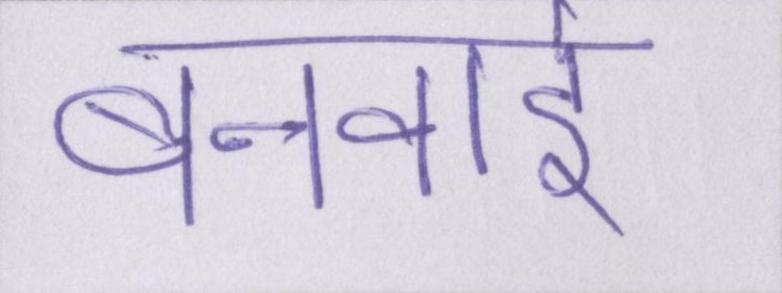
बनवाई